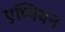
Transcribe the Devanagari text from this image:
एप्पियन